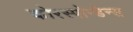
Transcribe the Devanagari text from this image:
कोरस्पोन्डेन्स